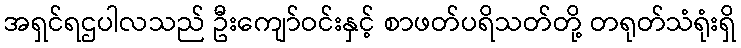
အရှင်ရဌပါလသည် ဦးကျော်ဝင်းနှင့် စာဖတ်ပရိသတ်တို့ တရုတ်သံရုံးရှိ